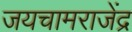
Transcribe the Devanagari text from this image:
जयचामराजेंद्र